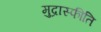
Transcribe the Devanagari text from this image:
मुद्रास्‍फीति